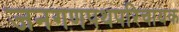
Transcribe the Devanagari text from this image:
जनगणपथपरिचायक